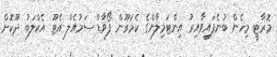
މޮރާޓީ މިހެން ބުނެފައިވާއިރު އިންޓަމިލާންގެ ކެމަރޫން ފޯވާޑް ސަމުއެލް އެޓޫ އެކްލަބު ދޫކޮށް